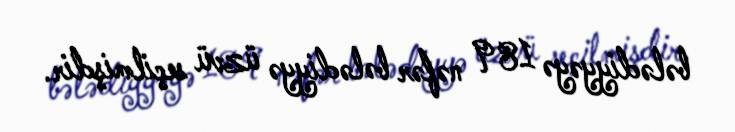
bələdiyyəyə 189 nəfər bələdiyyə üzvü seçilmişdir.